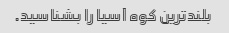
بلندترین کوه آسیا را بشناسید.